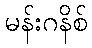
မန်းဂနိစ်